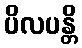
ပိလပန္တိ